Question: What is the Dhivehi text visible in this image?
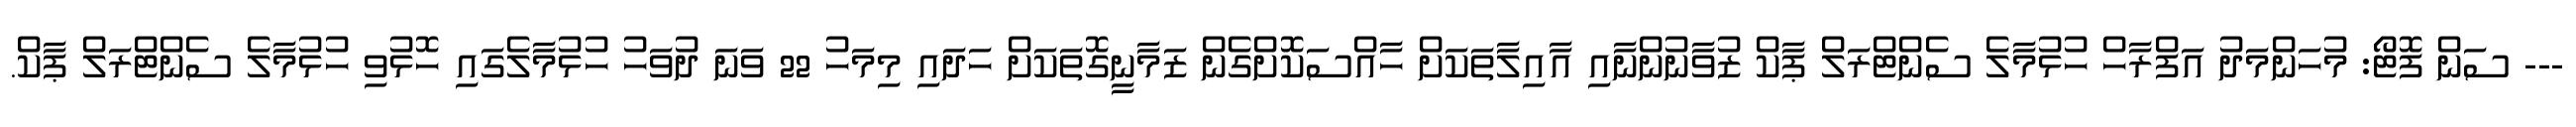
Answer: --- ސަން ފޮޓޯ: މުހަންމަދު އަފްރާހް ހުޅުމާލެ ސެންޓްރަލް ޕާކް ޒުވާނުންނާއި އާއިލާތަކަށް ހާއްސަކޮށްގެން ޒަމާނީގޮތަކަށް ހަދައި މިމަހު 22 ވަނަ ދުވަހު ހުޅުމާލެގައި ހޮޅުވި ހުޅުމާލެ ސެންޓްރަލް ޕާކް.